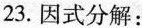
23.因式分解：